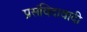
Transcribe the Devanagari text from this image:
प्रसंविदावादी